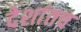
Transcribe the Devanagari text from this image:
देशांतच